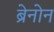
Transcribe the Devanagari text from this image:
ब्रेनोन